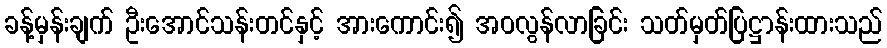
ခန့်မှန်းချက် ဦးအောင်သန်းတင်နှင့် အားကောင်း၍ အဝလွန်လာခြင်း သတ်မှတ်ပြဋ္ဌာန်းထားသည်